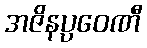
အဇိနပ္ပဝေဏီ